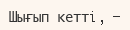
Шығып кеттi, –